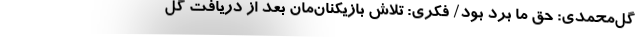
گل‌محمدی: حق ما برد بود/ فکری: تلاش بازیکنان‌مان بعد از دریافت گل